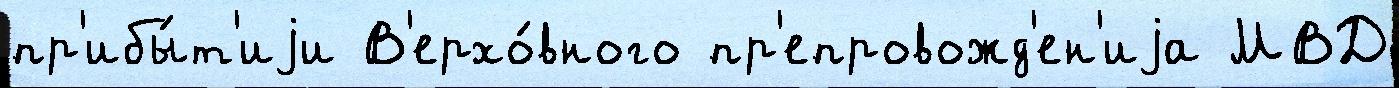
пр'ибы́т'иjи В'ерхо́вного пр'епровожд'ен'иjа МВД